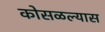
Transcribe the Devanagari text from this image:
कोसळल्यास